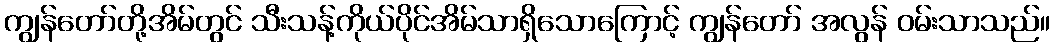
ကျွန်တော်တို့အိမ်တွင် သီးသန့်ကိုယ်ပိုင်အိမ်သာရှိသောကြောင့် ကျွန်တော် အလွန် ဝမ်းသာသည်။